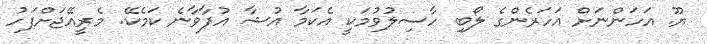
ޔޫ. އަހަންނަށް އަހަރެންގެ ލޯބި ހާސިލުވުމަކީ އެކަމާ އުޝާ އުފާވާނެ ކަމެކޭ. މެރީއޭޖަށްފަހު